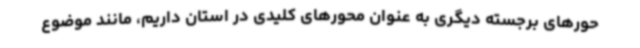
حورهای برجسته دیگری به عنوان محورهای کلیدی در استان داریم، مانند موضوع